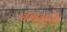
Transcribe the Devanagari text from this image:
नमभूमि